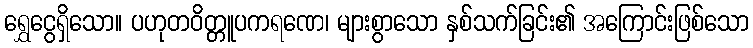
ရွှေငွေရှိသော။ ပဟုတဝိတ္တူပကရဏေ၊ များစွာသော နှစ်သက်ခြင်း၏ အကြောင်းဖြစ်သော